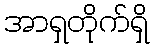
အာရှတိုက်ရှိ